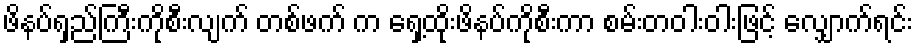
ဖိနပ်ရှည်ကြီးကိုစီးလျက် တစ်ဖက် က ရှေ့ထိုးဖိနပ်ကိုစီးကာ စမ်းတဝါးဝါးဖြင့် လျှောက်ရင်း